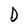
Character: D